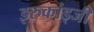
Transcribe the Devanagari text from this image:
इरुकांड्जी